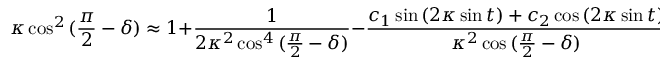
\kappa \cos ^ { 2 } { ( \frac { \pi } { 2 } - \delta ) } \approx 1 + \frac { 1 } { 2 \kappa ^ { 2 } \cos ^ { 4 } { ( \frac { \pi } { 2 } - \delta ) } } - \frac { c _ { 1 } \sin { ( 2 \kappa \sin { t } ) } + c _ { 2 } \cos { ( 2 \kappa \sin { t } ) } } { \kappa ^ { 2 } \cos { ( \frac { \pi } { 2 } - \delta ) } } .